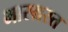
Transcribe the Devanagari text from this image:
भारग्रस्त